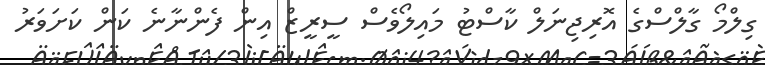
ގިލްމޯ ގާލްސްގެ އޮރިޖިނަލް ކާސްޓު މައިލޯވެސް ސީރީޒް އިން ފެންނާނެ ކަން ކަށަވަރު